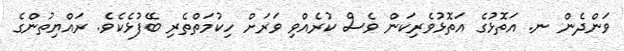
ވަންދެން ނ. އަތޮޅުގެ އަތޮޅުވެރިކަން ވެސް ކުރެއްވި ވަރަށް ހިކުމަތްތެރި ބޭފުޅެކެވެ. ރައްޔިތުންގެ